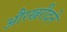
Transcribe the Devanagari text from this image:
औरखरीदने